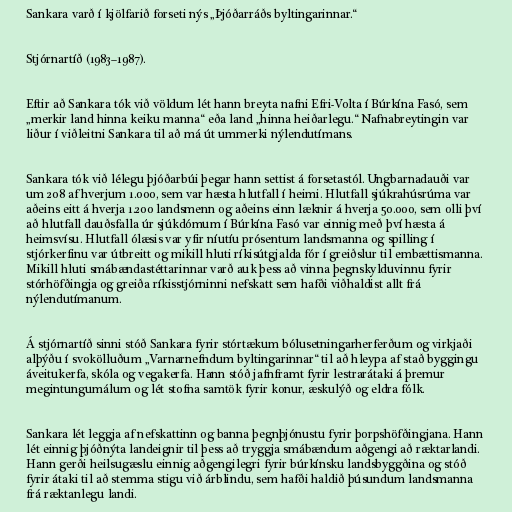
Sankara varð í kjölfarið forseti nýs „Þjóðarráðs byltingarinnar.“

Stjórnartíð (1983–1987).

Eftir að Sankara tók við völdum lét hann breyta nafni Efri-Volta í Búrkína Fasó, sem
„merkir land hinna keiku manna“ eða land „hinna heiðarlegu.“ Nafnabreytingin var
liður í viðleitni Sankara til að má út ummerki nýlendutímans.

Sankara tók við lélegu þjóðarbúi þegar hann settist á forsetastól. Ungbarnadauði var
um 208 af hverjum 1.000, sem var hæsta hlutfall í heimi. Hlutfall sjúkrahúsrúma var
aðeins eitt á hverja 1.200 landsmenn og aðeins einn læknir á hverja 50.000, sem olli því
að hlutfall dauðsfalla úr sjúkdómum í Búrkína Fasó var einnig með því hæsta á
heimsvísu. Hlutfall ólæsis var yfir níutíu prósentum landsmanna og spilling í
stjórkerfinu var útbreitt og mikill hluti ríkisútgjalda fór í greiðslur til embættismanna.
Mikill hluti smábændastéttarinnar varð auk þess að vinna þegnskylduvinnu fyrir
stórhöfðingja og greiða ríkisstjórninni nefskatt sem hafði viðhaldist allt frá
nýlendutímanum.

Á stjórnartíð sinni stóð Sankara fyrir stórtækum bólusetningarherferðum og virkjaði
alþýðu í svokölluðum „Varnarnefndum byltingarinnar“ til að hleypa af stað byggingu
áveitukerfa, skóla og vegakerfa. Hann stóð jafnframt fyrir lestrarátaki á þremur
megintungumálum og lét stofna samtök fyrir konur, æskulýð og eldra fólk.

Sankara lét leggja af nefskattinn og banna þegnþjónustu fyrir þorpshöfðingjana. Hann
lét einnig þjóðnýta landeignir til þess að tryggja smábændum aðgengi að ræktarlandi.
Hann gerði heilsugæslu einnig aðgengilegri fyrir búrkínsku landsbyggðina og stóð
fyrir átaki til að stemma stigu við árblindu, sem hafði haldið þúsundum landsmanna
frá ræktanlegu landi.